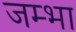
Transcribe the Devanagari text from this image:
जम्भा